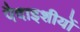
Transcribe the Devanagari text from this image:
पैदाइशीयों